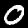
Label: 0